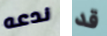
ندعه قد